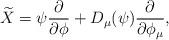
LaTeX: \begin{align*}\widetilde{X}=\psi\frac{\partial}{\partial \phi} + D_\mu(\psi) \frac{\partial}{\partial \phi_\mu},\end{align*}